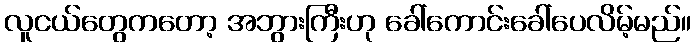
လူငယ်တွေကတော့ အဘွားကြီးဟု ခေါ်ကောင်းခေါ်ပေလိမ့်မည်။